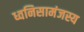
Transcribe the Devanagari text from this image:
ध्वनिसामंजस्य